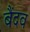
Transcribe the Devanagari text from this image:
बैंदव